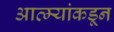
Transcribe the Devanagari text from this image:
आत्म्यांकडून